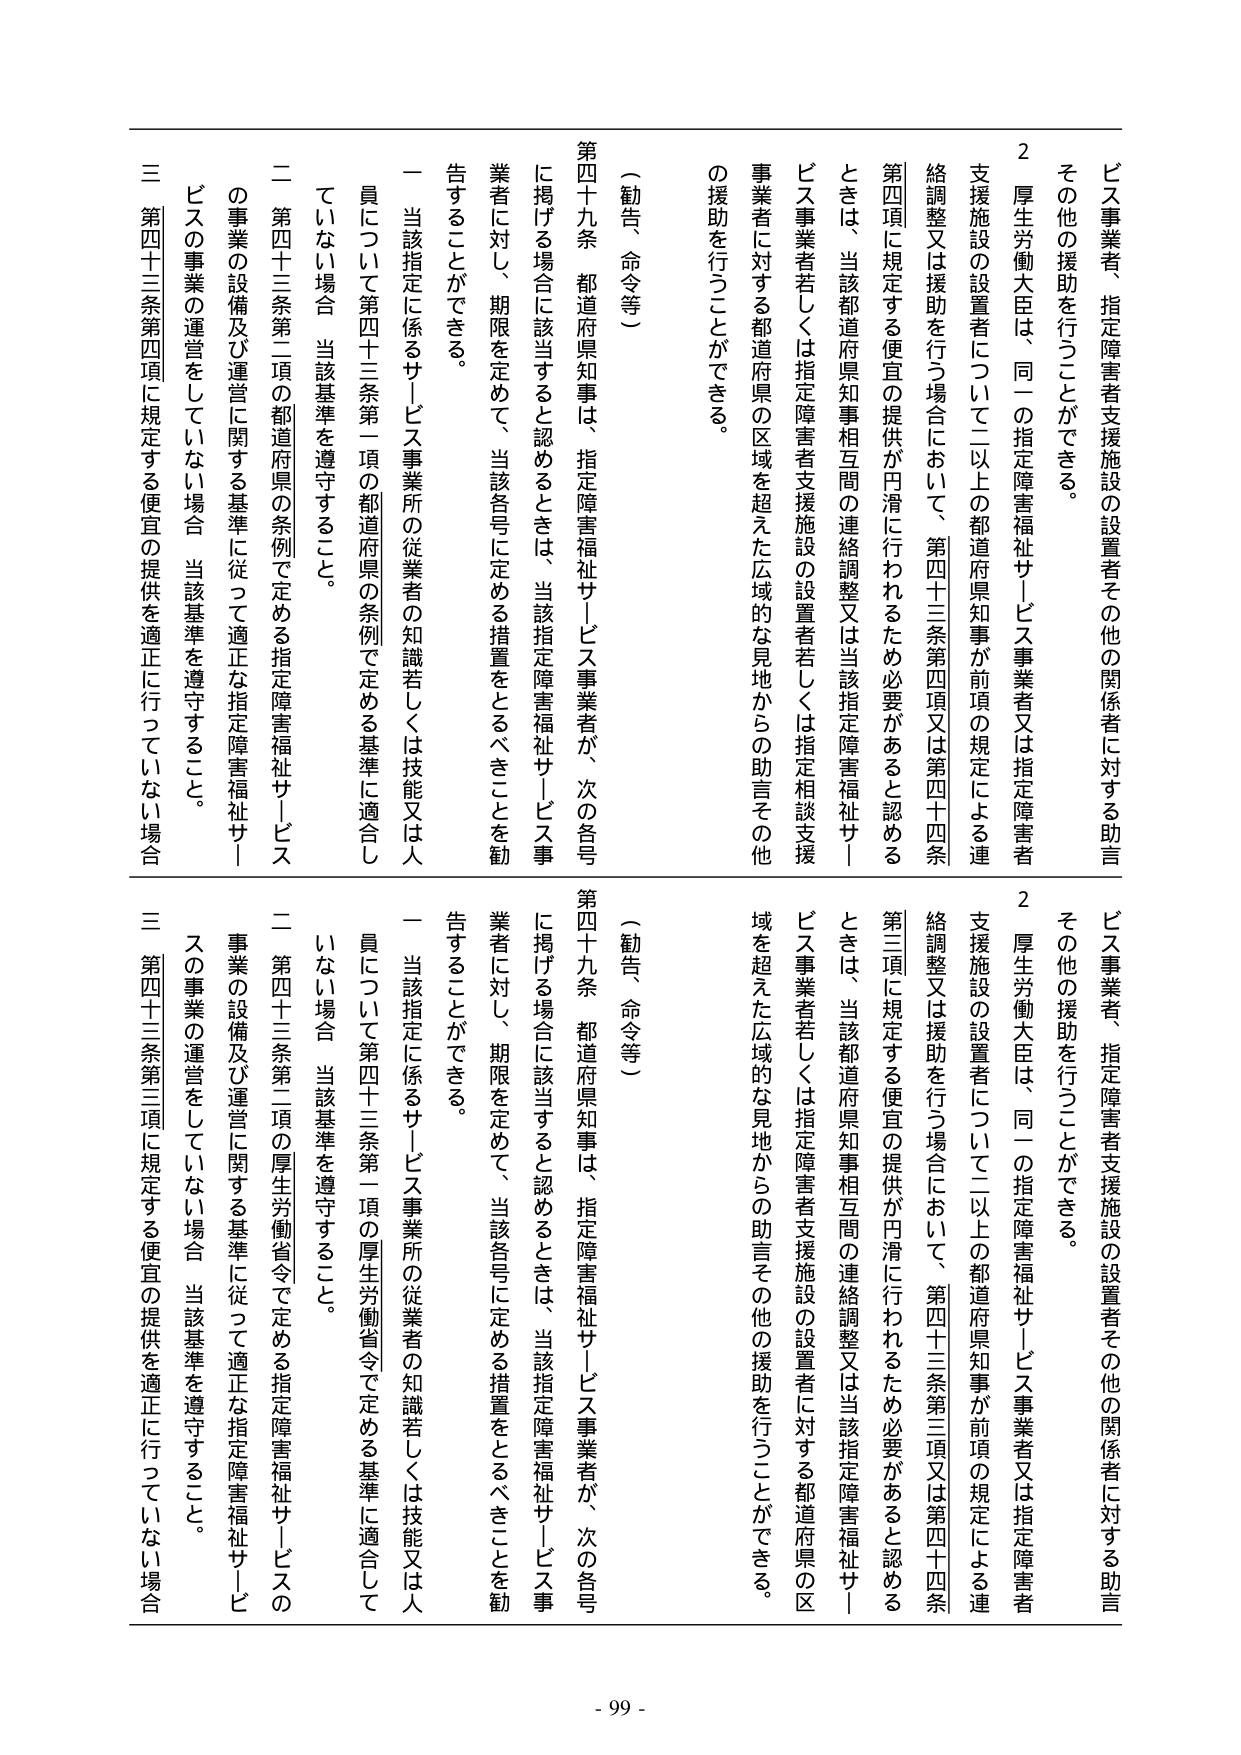
ビス事業者、指定障害者支援施設の設置者その他の関係者に対する助言
その他の援助を行うことができる。
2 厚生労働大臣は、同一の指定障害福祉サービス事業者又は指定障害者
支援施設の設置者について二以上の都道府県知事が前項の規定による連
絡調整又は援助を行う場合において、第四十三条第四項又は第四十四条
第四項に規定する便宜の提供が円滑に行われるため必要があると認める
ときは、当該都道府県知事相互間の連絡調整又は当該指定障害福祉サー
ビス事業者若しくは指定障害者支援施設の設置者若しくは指定相談支援
事業者に対する都道府県の区域を超えた広域的な見地からの助言その他
の援助を行うことができる。
（勧告、命令等）
第四十九条 都道府県知事は、指定障害福祉サービス事業者が、次の各号
に掲げる場合に該当すると認めるときは、当該指定障害福祉サービス事
業者に対し、期限を定めて、当該各号に定める措置をとるべきことを勧
告することができる。
一 当該指定に係るサービス事業所の従業者の知識若しくは技能又は人
員について第四十三条第一項の都道府県の条例で定める基準に適合し
ていない場合 当該基準を遵守すること。
二 第四十三条第二項の都道府県の条例で定める指定障害福祉サービス
の事業の設備及び運営に関する基準に従って適正な指定障害福祉サー
ビスの事業の運営をしていない場合 当該基準を遵守すること。
三 第四十三条第四項に規定する便宜の提供を適正に行っていない場合

ビス事業者、指定障害者支援施設の設置者その他の関係者に対する助言
その他の援助を行うことができる。
2 厚生労働大臣は、同一の指定障害福祉サービス事業者又は指定障害者
支援施設の設置者について二以上の都道府県知事が前項の規定による連
絡調整又は援助を行う場合において、第四十三条第三項又は第四十四条
第三項に規定する便宜の提供が円滑に行われるため必要があると認める
ときは、当該都道府県知事相互間の連絡調整又は当該指定障害福祉サー
ビス事業者若しくは指定障害者支援施設の設置者に対する都道府県の区
域を超えた広域的な見地からの助言その他の援助を行うことができる。
（勧告、命令等）
第四十九条 都道府県知事は、指定障害福祉サービス事業者が、次の各号
に掲げる場合に該当すると認めるときは、当該指定障害福祉サービス事
業者に対し、期限を定めて、当該各号に定める措置をとるべきことを勧
告することができる。
一 当該指定に係るサービス事業所の従業者の知識若しくは技能又は人
員について第四十三条第一項の厚生労働省令で定める基準に適合して
いない場合 当該基準を遵守すること。
二 第四十三条第二項の厚生労働省令で定める指定障害福祉サービスの
事業の設備及び運営に関する基準に従って適正な指定障害福祉サービ
スの事業の運営をしていない場合 当該基準を遵守すること。
三 第四十三条第三項に規定する便宜の提供を適正に行っていない場合

- 99 -